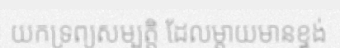
យកទ្រព្យសម្បត្តិ ដែលម្តាយមានខ្ទង់